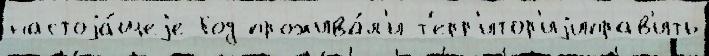
настоjа́щеjе Год прожива́л'и т'ерр'итор'иjиправ'ить